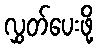
လွှတ်ပေးဖို့